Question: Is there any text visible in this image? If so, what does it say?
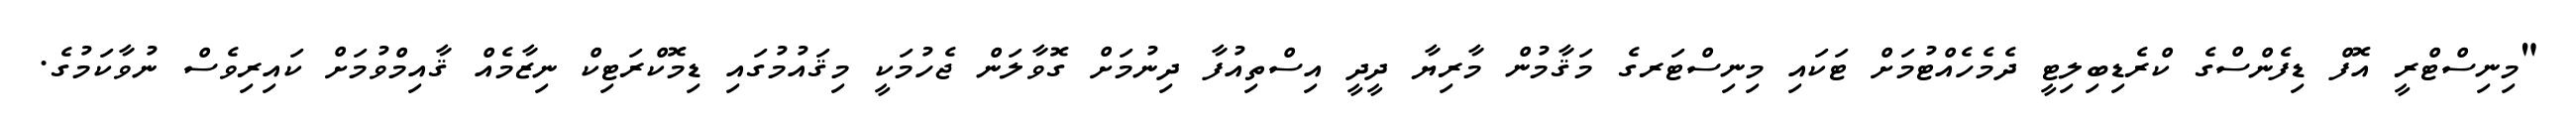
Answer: "މިނިސްޓްރީ އޮފް ޑިފެންސްގެ ކްރެޑިބިލިޓީ ދެމެހެއްޓުމަށް ޓަކައި މިނިސްޓަރގެ މަޤާމުން މާރިޔާ ދީދީ އިސްތިއުފާ ދިނުމަށް ގޮވާލަން ޖެހުމަކީ މިޤައުމުގައި ޑިމޮކްރަޓިކް ނިޒާމެއް ޤާއިމްވުމަށް ކައިރިވެސް ނުވާކަމުގެ.